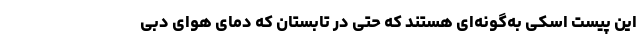
این پیست اسکی به‌گونه‌ای هستند که حتی در تابستان که دمای هوای دبی